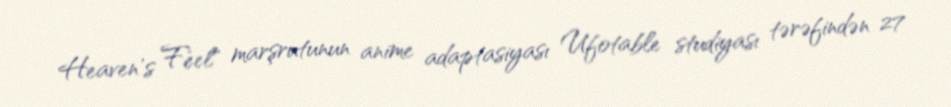
Heaven's Feel" marşrutunun anime adaptasiyası Ufotable studiyası tərəfindən 27